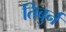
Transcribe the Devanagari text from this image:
तिबुर्न